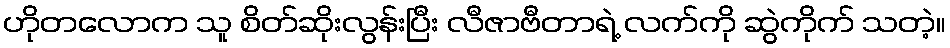
ဟိုတလောက သူ စိတ်ဆိုးလွန်းပြီး လီဇာဗီတာရဲ့ လက်ကို ဆွဲကိုက် သတဲ့။